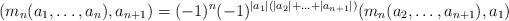
LaTeX: \begin{align*}(m_n(a_1, \ldots , a_n), a_{n+1}) = (-1)^n(-1)^{|a_1|(|a_2|+\ldots +|a_{n+1}|)}(m_n(a_2, \ldots , a_{n+1}), a_1)\end{align*}